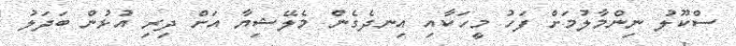
ސްކޫލު ނިންމާލުމަށް ފަހު މީހަކާއި އިނދެގެން މެލޭޝިޔާ އަށް ދިރި އުޅުން ބަދަލު